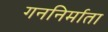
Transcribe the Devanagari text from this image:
गननिर्माता